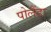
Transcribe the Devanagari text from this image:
पोलैंडः